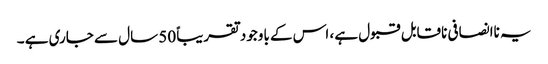
یہ ناانصافی ناقابل قبول ہے ، اس کے باوجود تقریباً 50 سال سے جاری ہے ۔